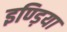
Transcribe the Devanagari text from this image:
इण्ड़िया